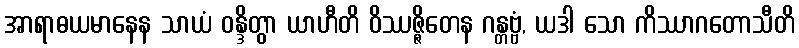
အာရာဓယမာနေန သာယံ ဝန္ဒိတွာ ယာဟီတိ ဝိဿဇ္ဇိတေန ဂန္တဗ္ဗံ, ယဒါ သော ကိဿာဂတောသီတိ